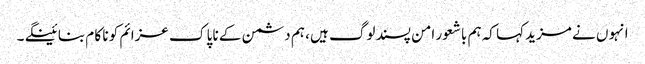
انہو ں نے مزید کہا کہ ہم باشعور امن پسند لوگ ہیں ، ہم دشمن کے نا پا ک عزائم کو نا کا م بنا ئینگے ۔